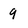
Character: 9